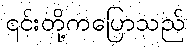
၎င်းတို့ကပြောသည်